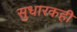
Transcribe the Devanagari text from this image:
सुधारकही